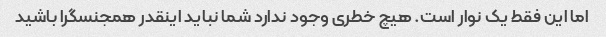
اما این فقط یک نوار است. هیچ خطری وجود ندارد شما نباید اینقدر همجنسگرا باشید